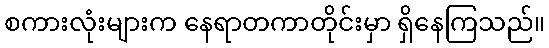
စကားလုံးများက နေရာတကာတိုင်းမှာ ရှိနေကြသည်။